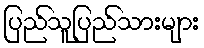
ပြည်သူပြည်သားများ